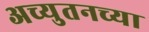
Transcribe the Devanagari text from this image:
अच्युतनच्या